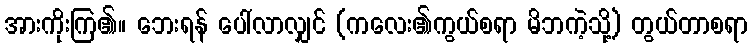
အားကိုးကြ၏။ ဘေးရန် ပေါ်လာလျှင် (ကလေး၏ကွယ်စရာ မိဘကဲ့သို့) တွယ်တာစရာ